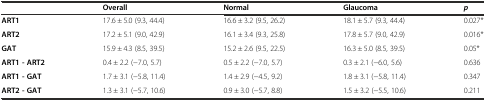
<table><thead><tr><td></td><td><b>Overall</b></td><td><b>Normal</b></td><td><b>Glaucoma</b></td><td><b><i>p</i></b></td></tr></thead><tbody><tr><td><b>ART1</b></td><td>17.6 ± 5.0 (9.3, 44.4)</td><td>16.6 ± 3.2 (9.5, 26.2)</td><td>18.1 ± 5.7 (9.3, 44.4)</td><td>0.027*</td></tr><tr><td><b>ART2</b></td><td>17.2 ± 5.1 (9.0, 42.9)</td><td>16.1 ± 3.4 (9.3, 25.8)</td><td>17.8 ± 5.7 (9.0, 42.9)</td><td>0.016*</td></tr><tr><td><b>GAT</b></td><td>15.9 ± 4.3 (8.5, 39.5)</td><td>15.2 ± 2.6 (9.5, 22.5)</td><td>16.3 ± 5.0 (8.5, 39.5)</td><td>0.05*</td></tr><tr><td><b>ART1 - ART2</b></td><td>0.4 ± 2.2 (−7.0, 5.7)</td><td>0.5 ± 2.2 (−7.0, 5.7)</td><td>0.3 ± 2.1 (−6.0, 5.6)</td><td>0.636</td></tr><tr><td><b>ART1 - GAT</b></td><td>1.7 ± 3.1 (−5.8, 11.4)</td><td>1.4 ± 2.9 (−4.5, 9.2)</td><td>1.8 ± 3.1 (−5.8, 11.4)</td><td>0.347</td></tr><tr><td><b>ART2 - GAT</b></td><td>1.3 ± 3.1 (−5.7, 10.6)</td><td>0.9 ± 3.0 (−5.7, 8.8)</td><td>1.5 ± 3.2 (−5.5, 10.6)</td><td>0.211</td></tr></tbody></table>